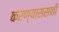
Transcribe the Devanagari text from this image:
करण्याससाठी